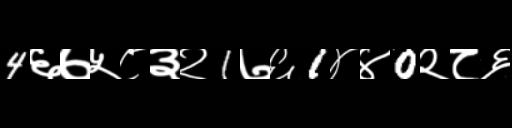
Text: 4६७५८३२1७६1४४0२८६